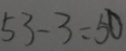
5 3 - 3 = 5 0